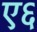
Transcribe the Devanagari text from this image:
ए६